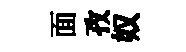
面孜奴